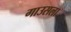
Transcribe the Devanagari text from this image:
गाउसला